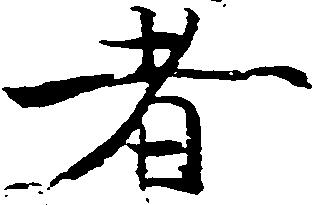
者